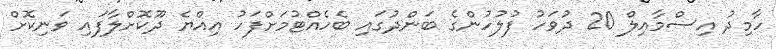
ހާމިދު އިސްމާއިލް 20 ދުވަހު ފުލުހުންގެ ބަންދުގައި ބެހެއްޓުމަށްފަހު އިއްޔެ ދޫކޮށްލާފައި ވަނިކޮށް